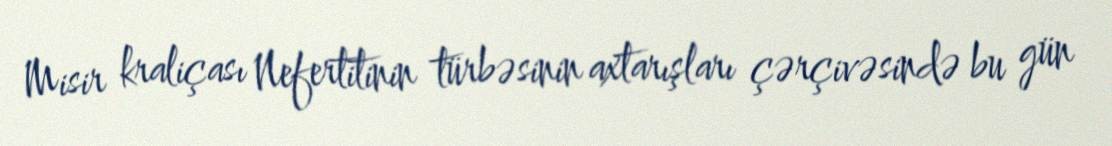
Misir kraliçası Nefertitinin türbəsinin axtarışları çərçivəsində bu gün